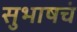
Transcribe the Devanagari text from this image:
सुभाषचं